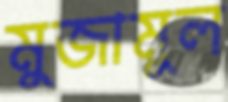
মুজামুল